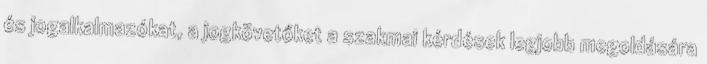
és jogalkalmazókat, a jogkövetőket a szakmai kérdések legjobb megoldására